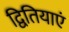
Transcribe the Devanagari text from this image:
द्वितियाएं